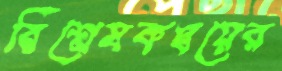
বিশ্লেষকদ্বয়ের